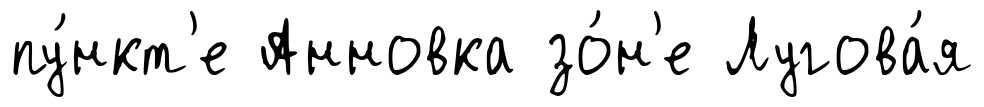
пу́нкт'е Анновка зо́н'е Лугова́я